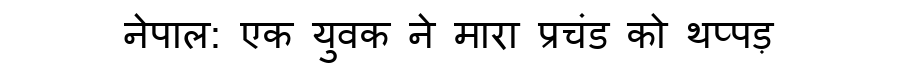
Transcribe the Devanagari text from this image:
नेपाल: एक युवक ने मारा प्रचंड को थप्पड़